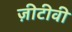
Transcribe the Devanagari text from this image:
ज़ीटीवी